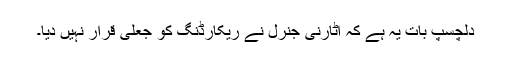
دلچسپ بات یہ ہے کہ اٹارنی جنرل نے ریکارڈنگ کو جعلی قرار نہیں دیا۔